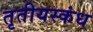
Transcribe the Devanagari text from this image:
तृतीयस्कंध